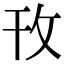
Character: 攼